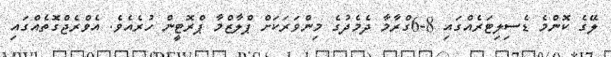
ލޭގެ ކޮންމެ ޑެސިލިޓަރެއްގައި 8-6ގްރާމާ ދެމެދުގެ މިންވަރަކަށް ޕްލާޒްމާ ޕްރޮޓީން ހުރެއެވެ. އެވްރެޖްގޮތެއްގައި